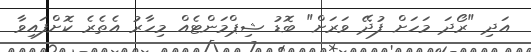
އަދި "ރޯދަ މަހަށް ފުދޭ ވަރަށް" ބޮޑު ޝިޕްމަންޓެއް މިހާރު އެތެރެ ކޮށްފައިވާ